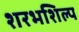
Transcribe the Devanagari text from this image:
शरभशिल्प